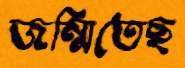
জন্মিতেছ